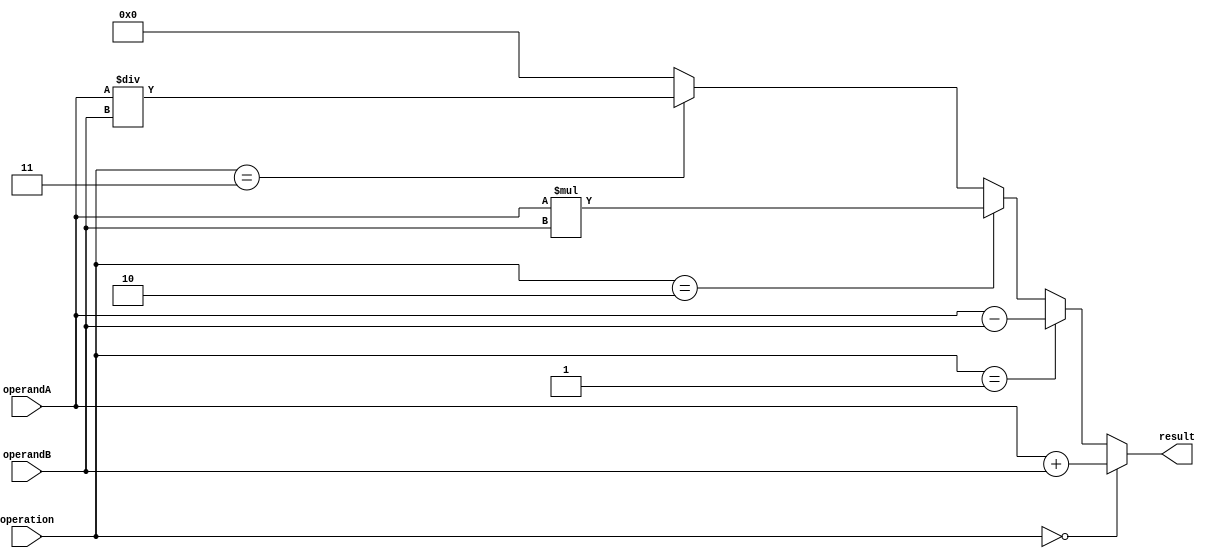
module ALU_16bit (
    input [15:0] operandA,
    input [15:0] operandB,
    input [2:0] operation,
    output [15:0] result
);

assign result = (operation == 3'b000) ? operandA + operandB : // Addition
               (operation == 3'b001) ? operandA - operandB : // Subtraction
               (operation == 3'b010) ? operandA * operandB : // Multiplication
               (operation == 3'b011) ? operandA / operandB : // Division
               16'h0000; // Default result = 0

endmodule